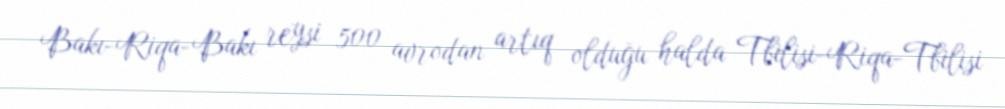
Bakı-Riqa-Bakı reysi 500 avrodan artıq olduğu halda Tbilisi-Riqa-Tbilisi